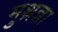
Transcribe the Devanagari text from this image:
मुथ़न्ना